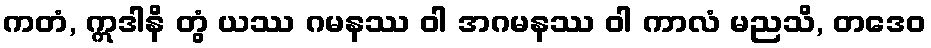
ကတံ, ဣဒါနိ တွံ ယဿ ဂမနဿ ဝါ အဂမနဿ ဝါ ကာလံ မညသိ, တဒေဝ